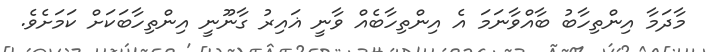
މާދަމާ އިންތިހާބު ބާއްވާނަމަ އެ އިންތިހާބެއް ވާނީ ޣައިރު ގާނޫނީ އިންތިހާބަކަށް ކަމަށެވެ.